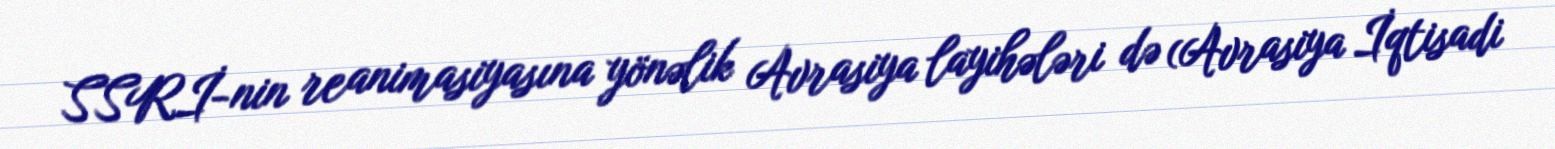
SSRİ-nin reanimasiyasına yönəlik Avrasiya layihələri də (Avrasiya İqtisadi